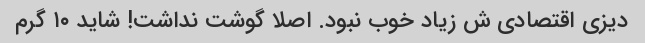
دیزی اقتصادی ش زیاد خوب نبود. اصلا گوشت نداشت! شاید ۱۰ گرم